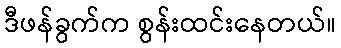
ဒီဖန်ခွက်က စွန်းထင်းနေတယ်။